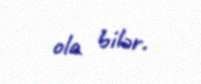
ola bilər.